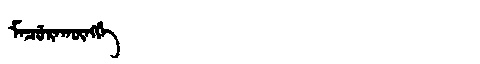
Manchu: ᠮᠠᠴᡠᡵᠠᡴᡡᠩᡤᡝ
Romanization: MACURAKŪNGGE